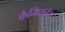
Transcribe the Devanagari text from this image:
फैमिकॉम